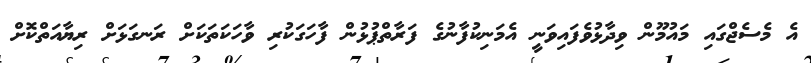
އެ މެސެޖްގައި މައުމޫން ވިދާޅުވެފައިވަނީ އެމަނިކުފާނުގެ ފަރާތްޕުޅުން ފާހަގަކުރި ވާހަކަތަކަށް ރަނގަޅަށް ރިޔާއަތްކޮށް